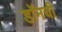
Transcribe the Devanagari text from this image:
डॉनची